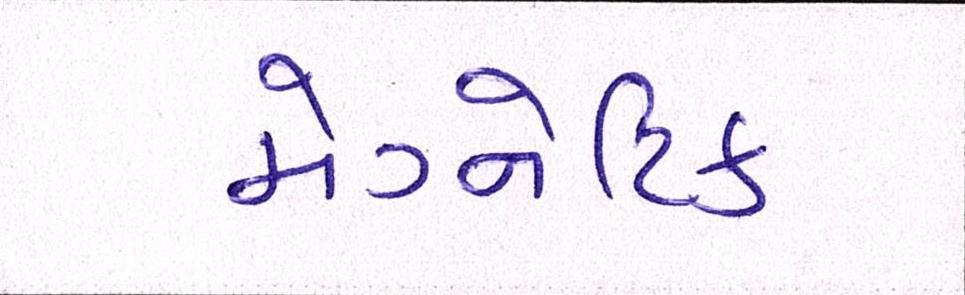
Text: મેગ્નેટિક